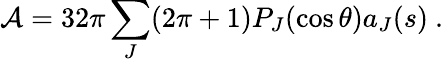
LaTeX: {\cal{A}}=32\pi\sum_{J}(2\pi+1)P_{J}(\cos\theta)a_{J}(s)~.